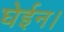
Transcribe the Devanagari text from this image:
घेईन।